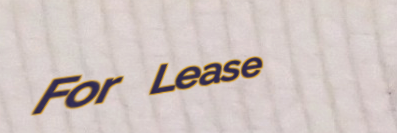
For Lease